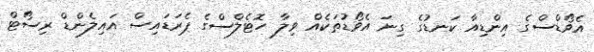
އެވޯޑްސްގެ އިންޑިއާ ކަނޑުގެ ގިނަ އެވޯޑުތަކެއް ވިލާ ހޮޓެލްސްގެ ޕެރަޑައިސް އައިލެންޑް ރިސޯޓް